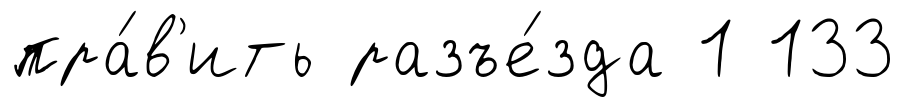
пра́в'ить разъе́зда 1 133